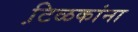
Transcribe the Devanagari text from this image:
टि़ळकांना